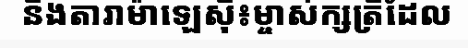
និងតារាម៉ាឡេស៊ី៖ម្ចាស់ក្សត្រីដែល